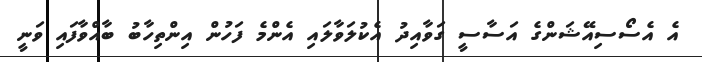
އެ އެސޯސިއޭޝަންގެ އަސާސީ ގަވާއިދު އެކުލަވާލައި އެންމެ ފަހުން އިންތިހާބު ބާއްވާފައި ވަނީ